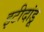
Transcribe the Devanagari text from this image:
इटीदांडू